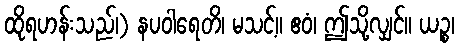
ထိုရဟန်းသည်၊) နပဝါရေတိ၊ မသင့်။ ဧဝံ၊ ဤသို့လျှင်။ ယဉ္စ၊